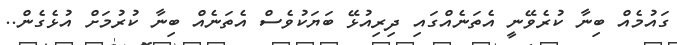
ގައުމެއް ބިނާ ކުރެވޭނީ އެތަނެއްގައި ދިރިއުޅޭ ބަޔަކުވެސް އެތަނެއް ބިނާ ކުރުމަށް އުޅެގެން..